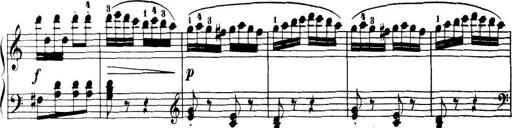
Title: 32 Sonatinas and Rondos for the Piano
Composer: Richard Kleinmichel